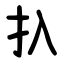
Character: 扖